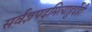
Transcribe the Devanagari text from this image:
सर्वज्ञपदमित्याहुर्देही